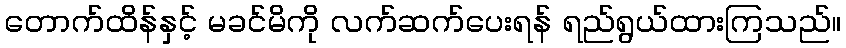
တောက်ထိန်နှင့် မခင်မိကို လက်ဆက်ပေးရန် ရည်ရွယ်ထားကြသည်။